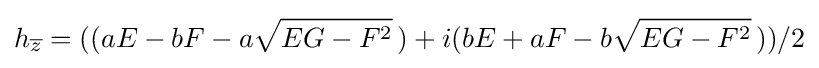
\displaystyle h_{\overline {z}}=((aE-bF-a{\sqrt {EG-F^{2}}}\,)+i(bE+aF-b{\sqrt {EG-F^{2}}}\,))/2